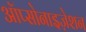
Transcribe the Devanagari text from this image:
ऑप्सोनाइज़ेशन